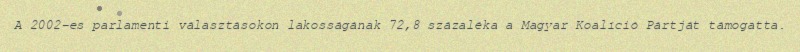
A 2002-es parlamenti választásokon lakosságának 72,8 százaléka a Magyar Koalíció Pártját támogatta.